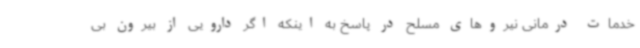
خدمات درمانی نیروهای مسلح در پاسخ به اینکه اگر دارویی از بیرون بی